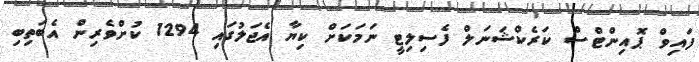
ފައިވް ޕޮއިންޓްސް ކަރެކްޝަނަލް ފެސިލިޓީ ނަމަކަށް ކިޔާ އެޖަލުގައި 1294 ކުށްވެރިން އެބަތިބި